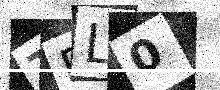
Text: TFL0